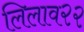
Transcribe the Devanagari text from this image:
लिलाव२२